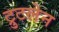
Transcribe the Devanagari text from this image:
ट्रुटलेन